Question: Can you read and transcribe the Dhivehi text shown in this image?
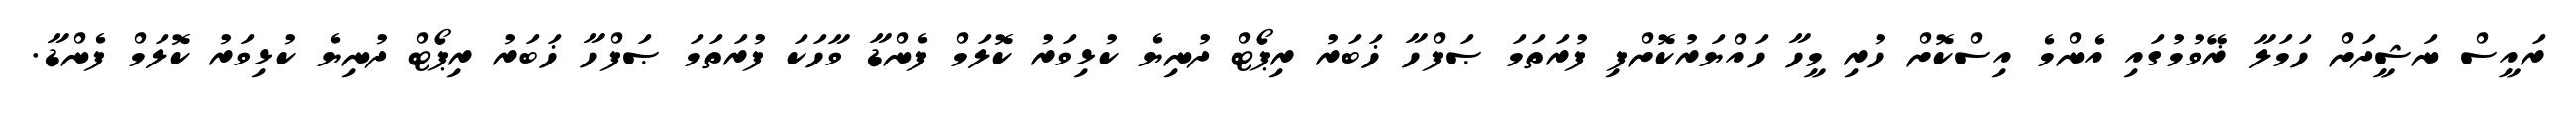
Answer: ރައީސް ނަޝީދަށް ހަމަލާ ޜޭވުމުގައި އެންމެ އިސްކޮށް ހުރި މީހާ ހައްޔަރުކޮށްފި ފުރަތަމަ ޞަފްހާ ޚަބަރު ރިޕޯޓް ދުނިޔެ ކުޅިވަރު ކޮލަމް ފެންޑާ ވާހަކަ ފުރަތަމަ ޞަފްހާ ޚަބަރު ރިޕޯޓް ދުނިޔެ ކުޅިވަރު ކޮލަމް ފެންޑާ.